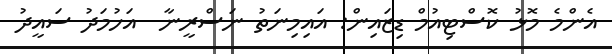
އެންމެ މޮޅު ކޮސްޓިއުމް ޑިޒައިން: އައިމިނަތު ނަސްރީނާ  އަހުމަދު ސައީދު